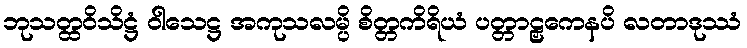
ဘုသတ္ထဝိသိဋ္ဌံ ဝါသေဋ္ဌ အကုသလမ္ပိ စိတ္တကိရိယံ ပတ္တာဠှကေနပိ လတာဒုဿံ